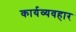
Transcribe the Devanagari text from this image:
कार्यव्यवहार